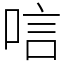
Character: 唁